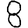
Digit: 8